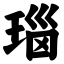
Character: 瑙